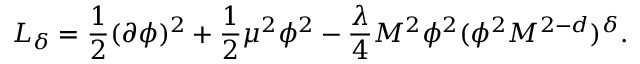
{ \cal L } _ { \delta } = { \frac { 1 } { 2 } } ( \partial \phi ) ^ { 2 } + { \frac { 1 } { 2 } } \mu ^ { 2 } \phi ^ { 2 } - { \frac { \lambda } { 4 } } M ^ { 2 } \phi ^ { 2 } ( \phi ^ { 2 } M ^ { 2 - d } ) ^ { \delta } .